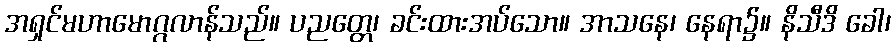
အရှင်မဟာမောဂ္ဂလာန်သည်။ ပညတ္တေ၊ ခင်းထားအပ်သော။ အာသနေ၊ နေရာ၌။ နိသီဒိ ခေါ၊